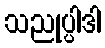
သညုပ္ပါဒါ